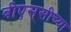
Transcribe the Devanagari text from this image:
बीएस्‌सीच्या